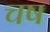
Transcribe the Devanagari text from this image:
चष